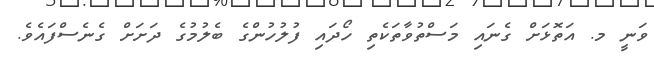
ވަނީ މ. އަތޮޅަށް ގެނައި މަސްތުވާތަކެތި ހޯދައި ފުލުހުންގެ ބެލުމުގެ ދަށަށް ގެނެސްފައެވެ.